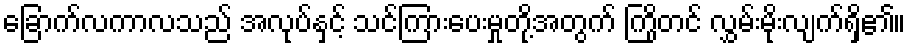
ခြောက်လကာလသည် အလုပ်နှင့် သင်ကြားပေးမှုတို့အတွက် ကြိုတင် လွှမ်းမိုးလျက်ရှိ၏။